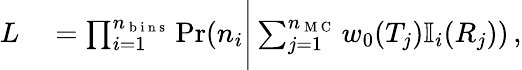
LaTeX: \begin{array}{rl}{L}&{{}=\prod_{i=1}^{n_{\mathrm{~b~i~n~s~}}}\operatorname*{Pr}(n_{i}\Bigg|\sum_{j=1}^{n_{\mathrm{~M~C~}}}w_{0}(T_{j})\mathbb{I}_{i}(R_{j}))\, ,}\end{array}